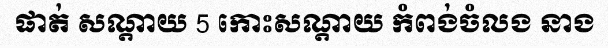
ផាត់ សណ្តាយ 5 កោះសណ្តាយ កំពង់ចំលង នាង